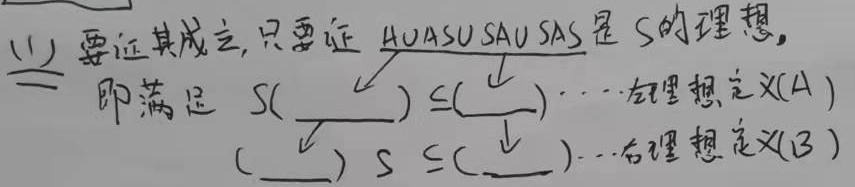
要证其成立，只要证 \(A\cup SA\cup AS\cup SAS\) 是 \(S\) 的理想，即满足
\[
S(A\cup SA\cup AS\cup SAS)\subseteq(A\cup SA\cup AS\cup SAS)\cdots\text{左理想定义(A)}
\]
\[
(A\cup SA\cup AS\cup SAS)S\subseteq(A\cup SA\cup AS\cup SAS)\cdots\text{右理想定义(B)}
\]